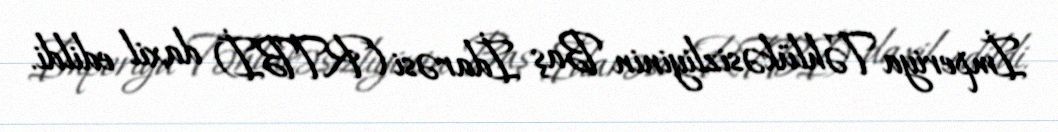
İmperiya Təhlükəsizliyinin Baş İdarəsi (RTBİ) daxil edildi.